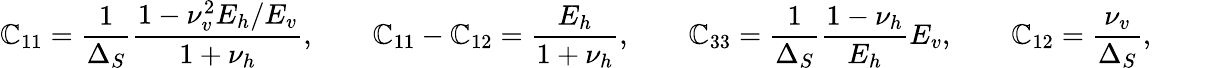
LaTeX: \mathbb{C}_{11}=\frac{{1}}{{\Delta_{S}}}\frac{{1-\nu_{v}^{2}E_{h}/E_{v}}}{{1+\nu_{h}}},\qquad\mathbb{C}_{11}-\mathbb{C}_{12}=\frac{{E_{h}}}{{1+\nu_{h}}},\qquad\mathbb{C}_{33}=\frac{{1}}{{\Delta_{S}}}\frac{{1-\nu_{h}}}{{E_{h}}}E_{v},\qquad\mathbb{C}_{12}=\frac{{\nu_{v}}}{{\Delta_{S}}},\qquad